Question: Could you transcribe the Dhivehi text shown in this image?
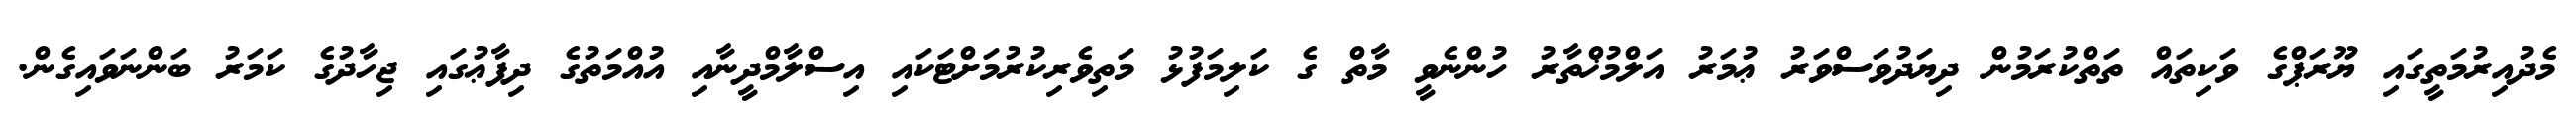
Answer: މެދުއިރުމަތީގައި ޔޫރަޕްގެ ވަކިތައް ތަތްކުރަމުން ދިޔަދުވަސްވަރު ޢުމަރު އަލްމުޚްތާރު ހުންނެވީ މާތް ގެ ކަލިމަފުޅު މަތިވެރިކުރުމަށްޓަކައި އިސްލާމްދީނާއި އުއްމަތުގެ ދިފާޢުގައި ޖިހާދުގެ ކަމަރު ބަންނަވައިގެން.